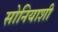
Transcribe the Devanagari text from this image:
सोनियाशी